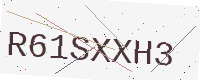
Text: R61SXXH3